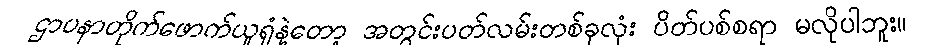
ဌာပနာတိုက်ဖောက်ယူရုံနဲ့တော့ အတွင်းပတ်လမ်းတစ်ခုလုံး ပိတ်ပစ်စရာ မလိုပါဘူး။